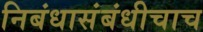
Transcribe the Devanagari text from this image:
निबंधासंबंधीचाच